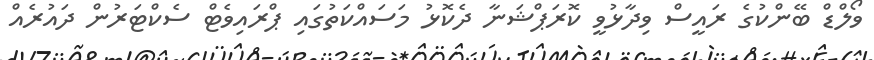
ވޯލްޑް ބޭންކުގެ ރައީސް ވިދާޅުވީ ކޮރަޕްޝަނާ ދެކޮޅު މަސައްކަތުގައި ޕްރައިވެޓް ސެކްޓަރުން ދައުރެއް